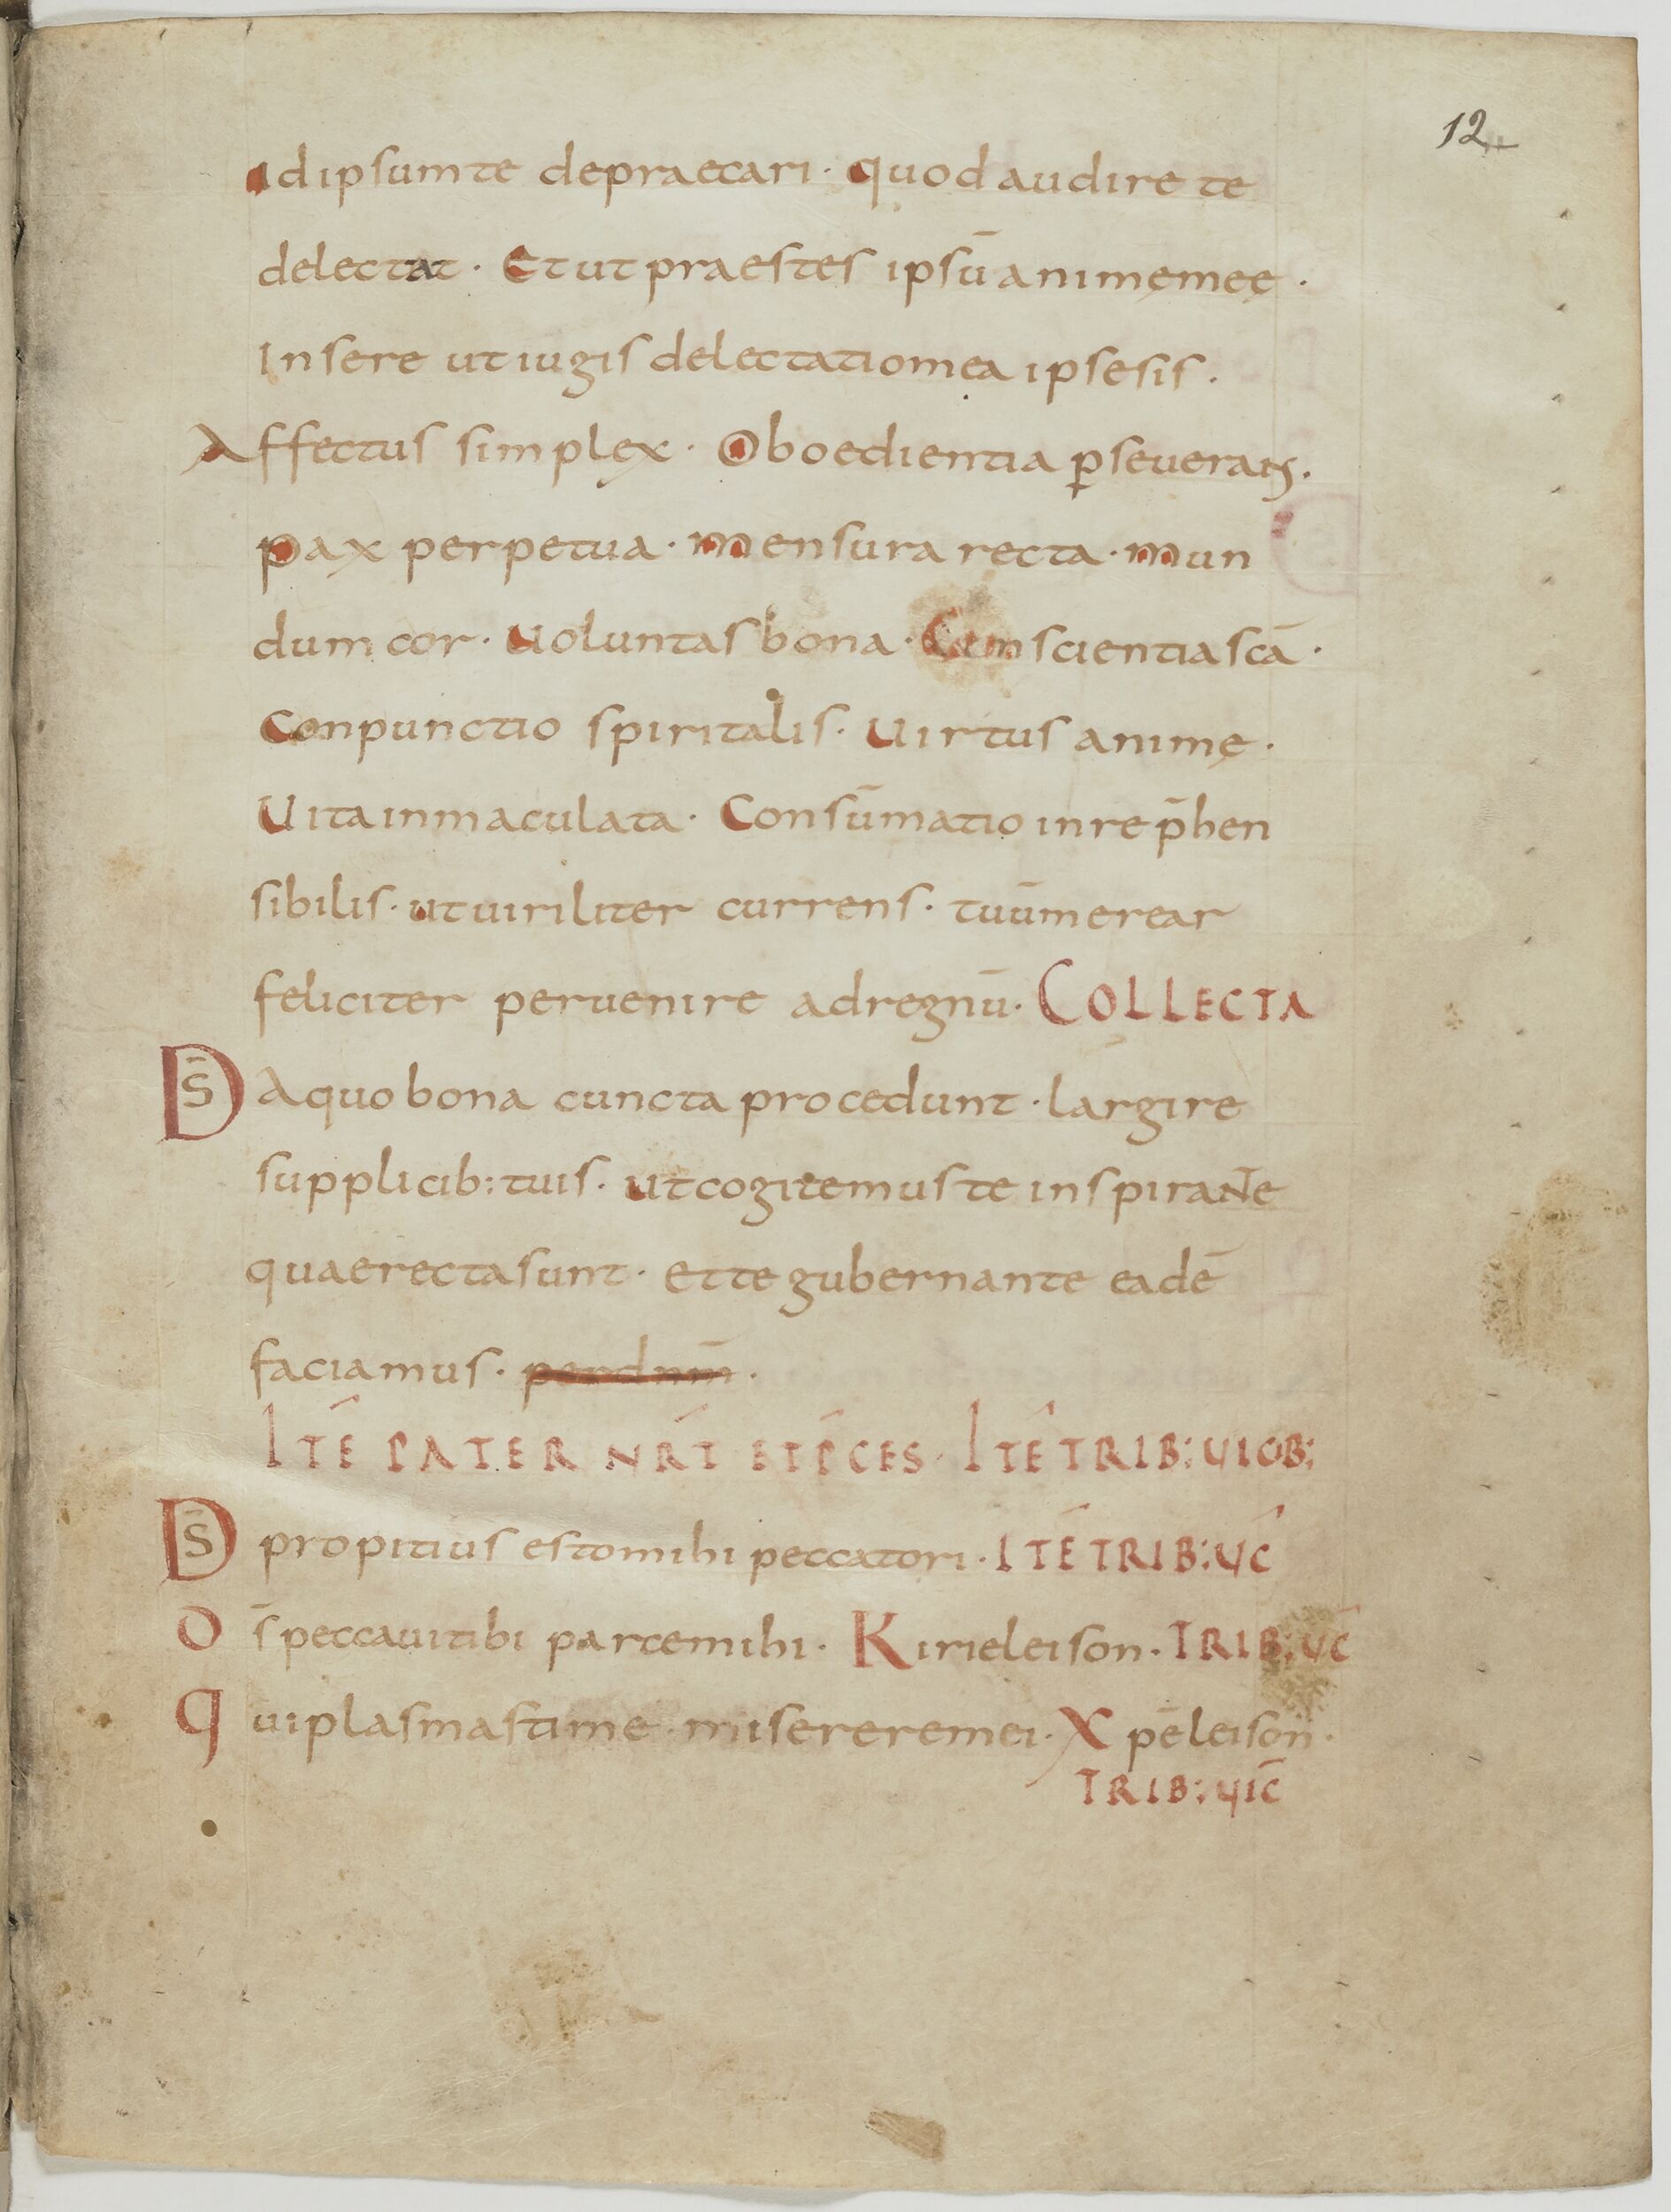
Shelfmark: Paris, BnF, lat. 13388
Century: 9